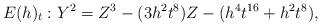
LaTeX: \begin{align*}E(h)_t: Y^2=Z^3-(3h^2t^8)Z-(h^4t^{16}+h^2t^8), \end{align*}